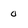
Character: o